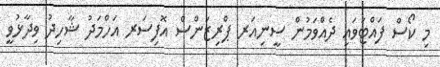
މި ކޯސް ފައްޓަވައި ދެއްވަމުން ސީނިއަރ ޕްރިޒަންސް އޮފިސަރ އަހްމަދު ޝާހިދު ވިދާޅުވީ